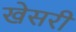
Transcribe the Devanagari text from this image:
खेसरी